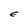
Character: E